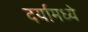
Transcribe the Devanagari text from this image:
दर्यामध्ये